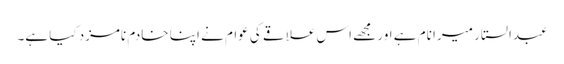
عبدالستار میرا نام ہے اور مجھے اس علاقے کی عوام نے اپنا خادم نامزد کیا ہے۔